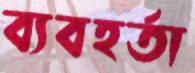
ব্যবহর্তা